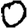
Digit: 0